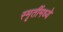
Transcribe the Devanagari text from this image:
स्मृतींमध्ये